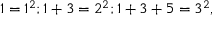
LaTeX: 1 = 1 ^ { 2 } ; 1 + 3 = 2 ^ { 2 } ; 1 + 3 + 5 = 3 ^ { 2 } ,